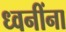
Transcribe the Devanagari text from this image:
ध्वनींना